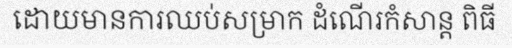
ដោយមានការឈប់សម្រាក ដំណើរកំសាន្ត ពិធី